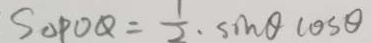
S _ { \Delta P O Q } = \frac { 1 } { 2 } \cdot \sin \theta \cos \theta